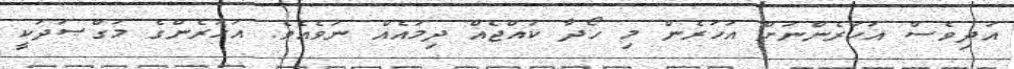
އަދިވެސް އަހަރެންނަށް އަހަރެން މި ހޯދާ ކުއްޖެއް ދިމައެއް ނުވެއެވެ. އަހަރެންގެ މަގްޞަދަކީ